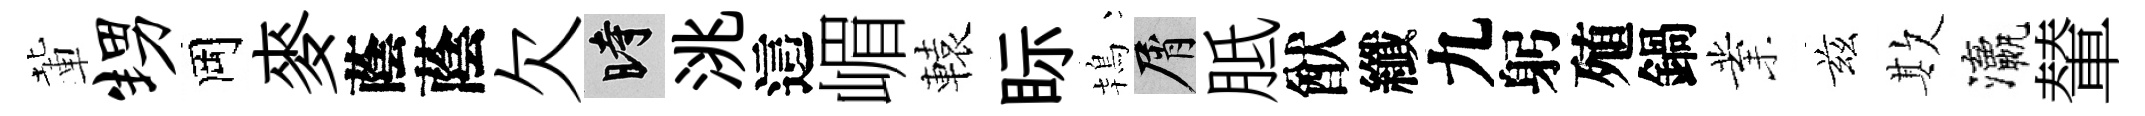
輩甥岡麥蔭蔭欠时洮這嵋轅眎鴇屑胝猷纖九躬殖鍋業兹欺瀛輦